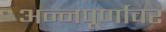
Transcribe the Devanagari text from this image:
अन्नपूर्णावर